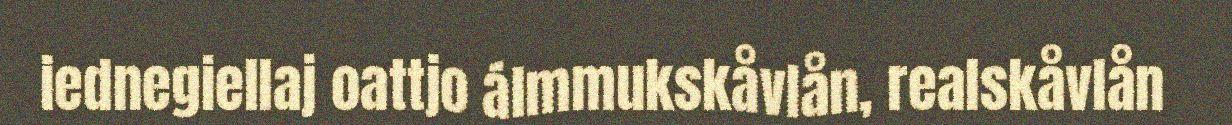
iednegiellaj oattjo álmmukskåvlån, realskåvlån